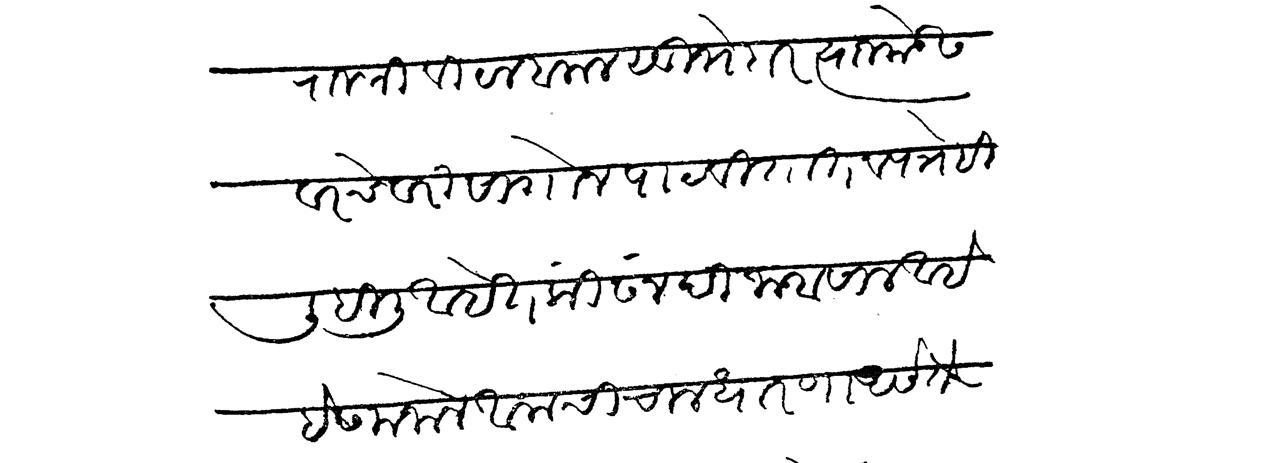
Transliteration (Devanagari): राजश्री विठल बलाल सुभेदार त्याजकडेस वरचेवरी सांगोन पाठवितात व पत्रेहि लिहिली आहेत की सनदी जाबसाल आहे हे समजोन आमची चाल धारणा असे ते